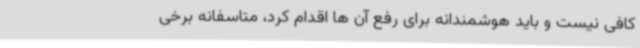
کافی نیست و باید هوشمندانه برای رفع آن ها اقدام کرد، متاسفانه برخی